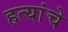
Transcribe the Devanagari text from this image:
हत्यांचे